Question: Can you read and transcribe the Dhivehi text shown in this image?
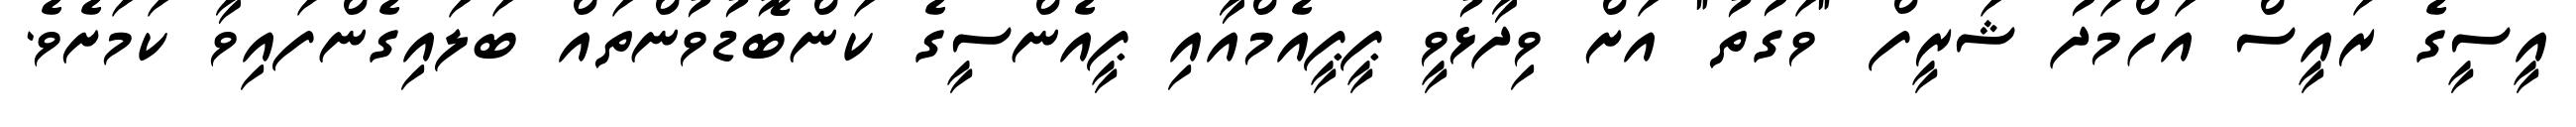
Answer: އީސީގެ ރައީސް އަހްމަދު ޝަރީފް "ވަގުތު" އަށް ވިދާޅުވީ ޕީޕީއެމްއާއި ޕީއެންސީގެ ކަންބޮޑުވުންތައް ބަލައިގެންފައިވާ ކަމަށެވެ.